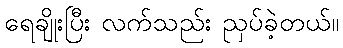
ရေချိုးပြီး လက်သည်း ညှပ်ခဲ့တယ်။